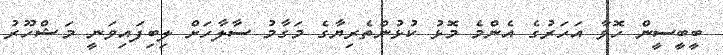
ބީބީސީން ހޮވާ އަހަރުގެ އެންމެ މޮޅު ކުޅުންތެރިޔާގެ މަގާމު ސާލާހަށް ލިބިފައިވަނީ މަޝްހޫރު